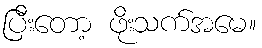
ပြီးတော့ ဖိုးသက်အမေ။